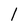
Character: 1